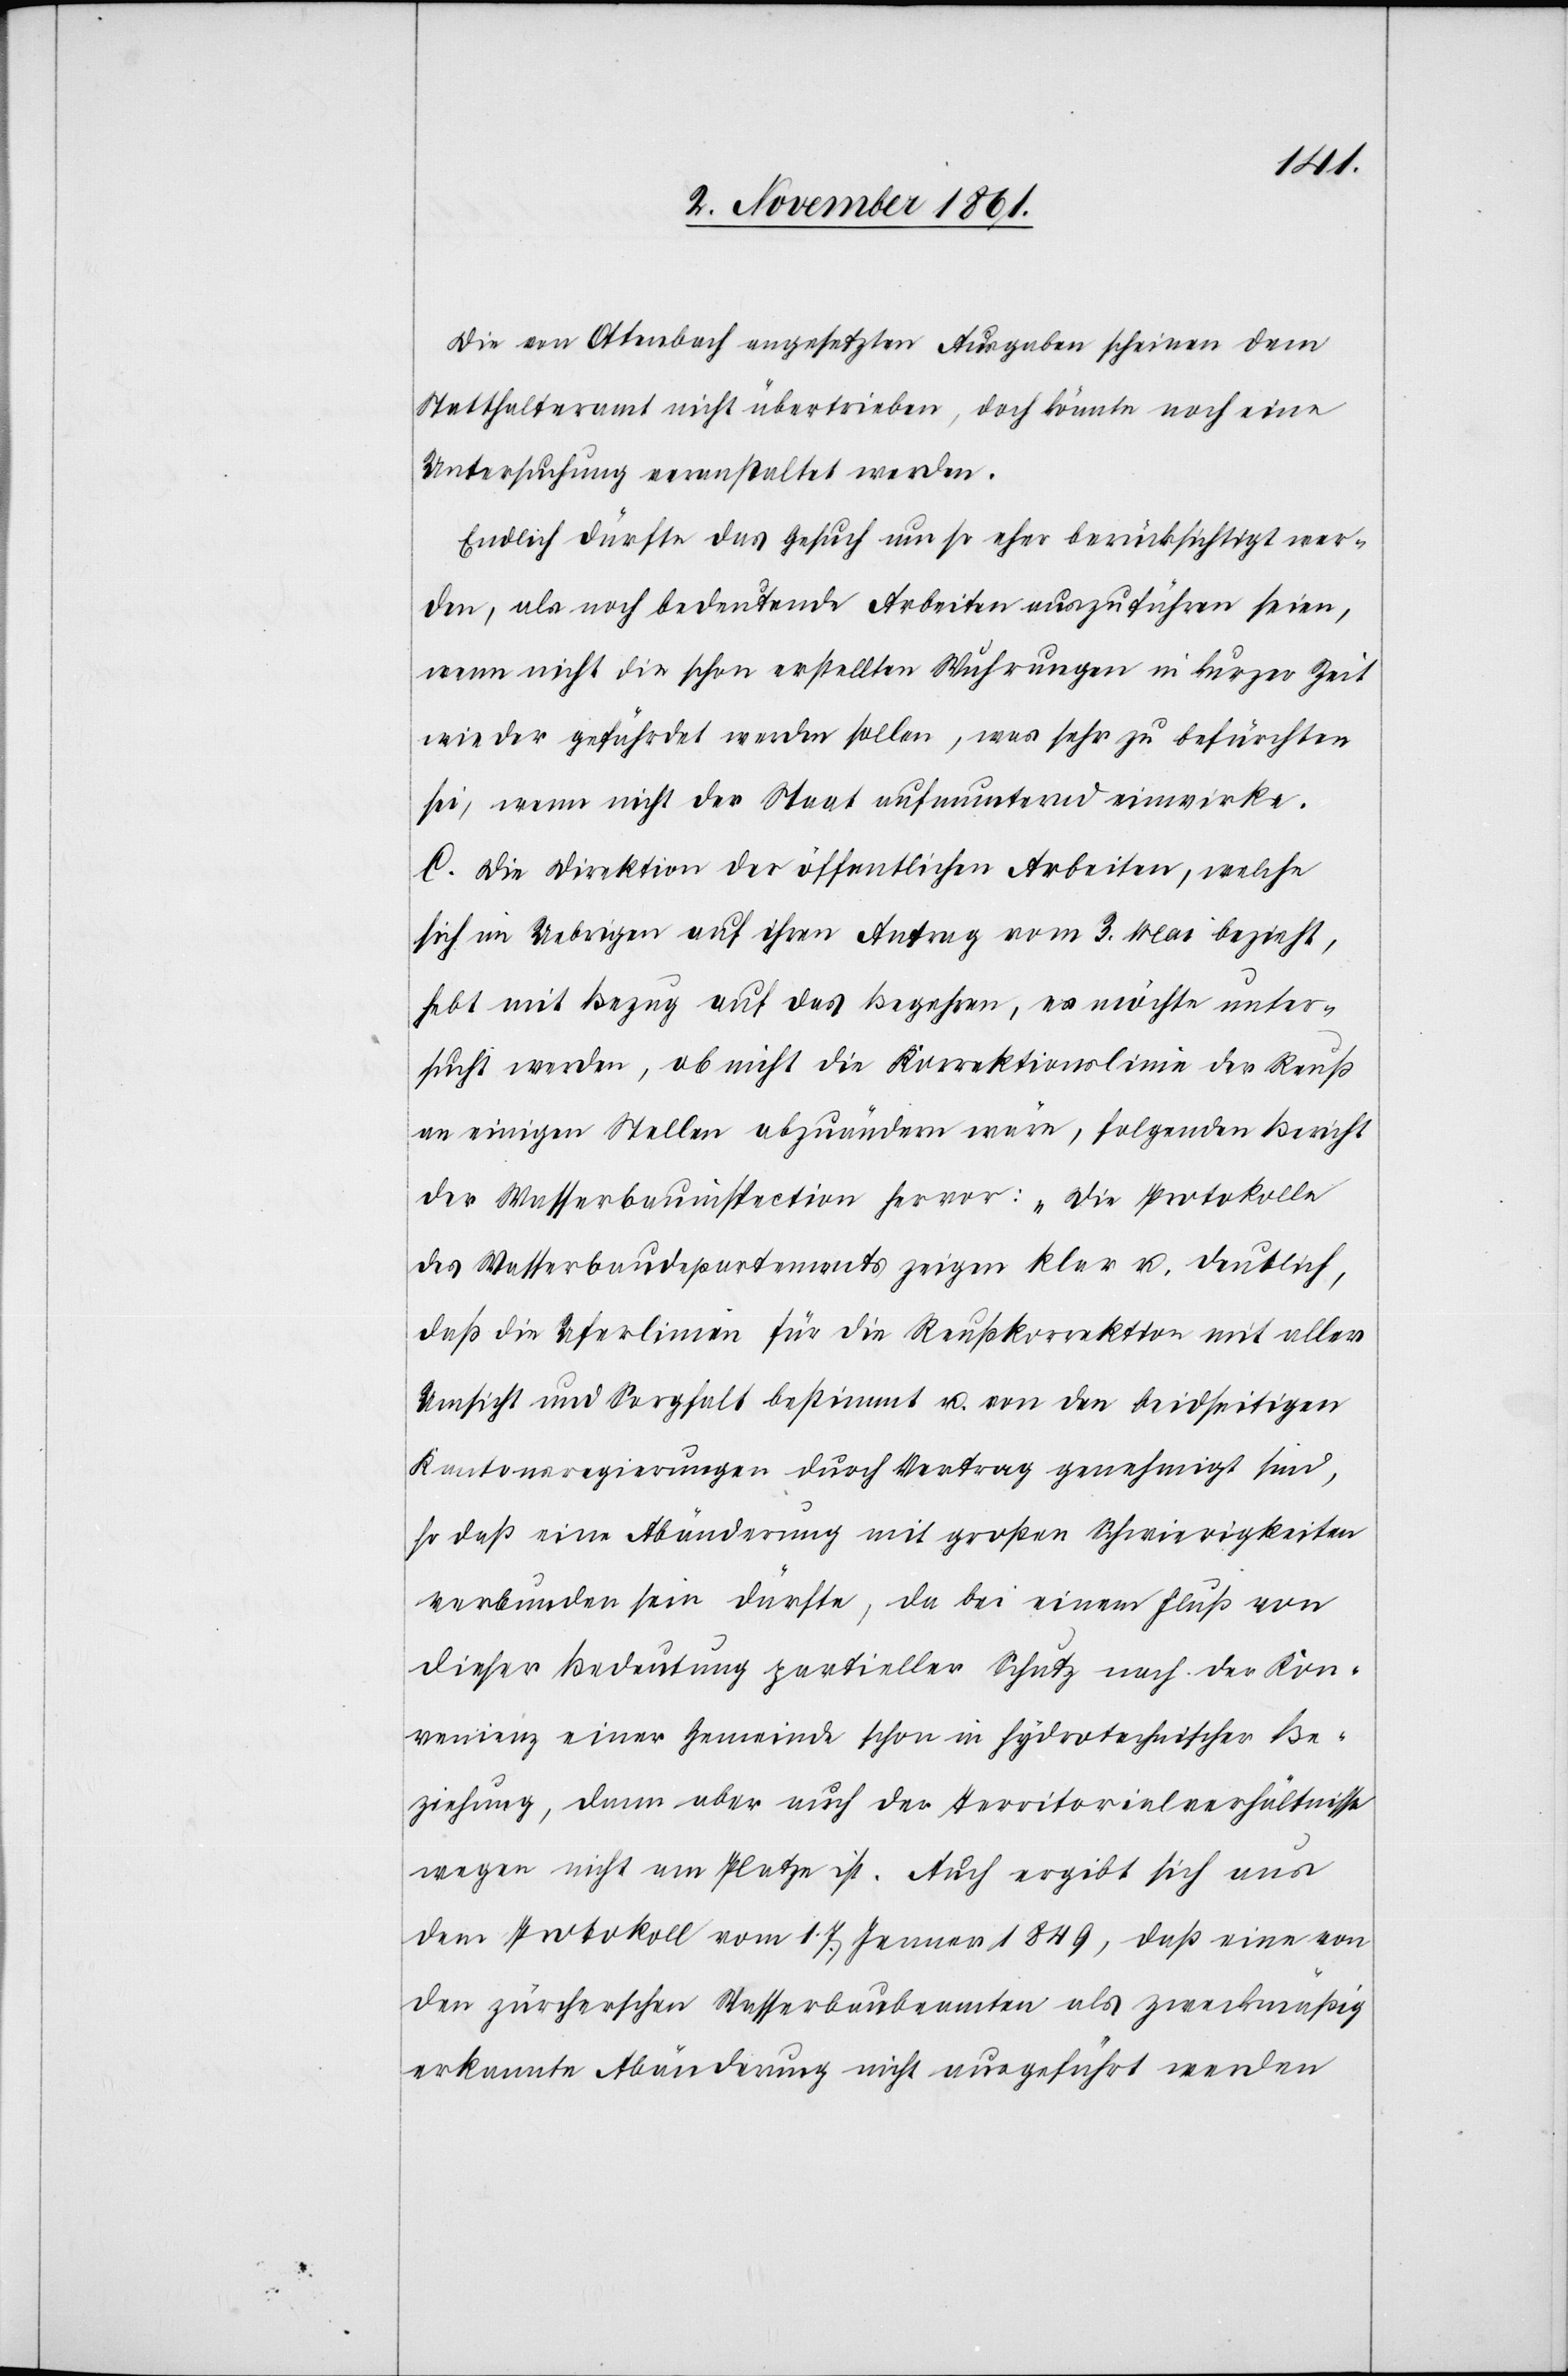
Die von Ottenbach angesetzten Ausgaben scheinen dem
Statthalteramt nicht übertrieben, doch könnte noch eine
Untersuchung veranstaltet werden.
Endlich dürfte das Gesuch um so eher berücksichtigt wer¬
den, als noch bedeutende Arbeiten auszuführen seien,
wenn nicht die schon erstellten Wuhrungen in kurzer Zeit
wieder gefährdet werden sollen, was sehr zu befürchten
sei, wenn nicht der Staat aufmunternd einwirke.
C. Die Direktion der öffentlichen Arbeiten, welche
sich im Uebrigen auf ihren Antrag vom 3 Mai bezieht,
hebt mit Bezug auf das Begehren, es möchte unter¬
sucht werden, ob nicht die Korrektionslinie der Reuß
an einigen Stellen abzuändern wäre, folgenden Bericht
der Wasserbauinspektion hervor: „Die Protokolle
des Wasserbaudepartements zeigen klar u. deutlich,
daß die Uferlinien für die Reußkorrektion mit aller
Umsicht und Sorgfalt bestimmt u. von den beidseitigen
Kantonsregierungen durch Vertrag genehmigt sind,
so daß eine Abänderung mit großen Schwierigkeiten
verbunden sein dürfte, da bei einem Fluß von
dieser Bedeutung partieller Schutz nach der Kon¬
venienz einer Gemeinde schon in hydrotechnischer Be¬
ziehung, dann aber auch der Territorialverhältnisse
wegen nicht am Platze ist. Auch ergibt sich aus
dem Protokoll vom 17 Jenner 1849, daß eine von
den zürcherschen Wasserbaubeamten als zweckmäßig
erkannte Abänderung nicht ausgeführt werden